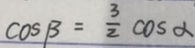
\cos \beta = \frac { 3 } { 2 } \cos \alpha